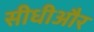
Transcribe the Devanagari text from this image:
सीधीऔर